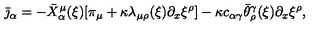
\bar { \jmath } _ { \alpha } = - \bar { X } _ { \alpha } ^ { \mu } ( \xi ) [ \pi _ { \mu } + \kappa \lambda _ { \mu \rho } ( \xi ) \partial _ { x } \xi ^ { \rho } ] - \kappa c _ { \alpha \gamma } \bar { \theta } _ { \rho } ^ { \gamma } ( \xi ) \partial _ { x } \xi ^ { \rho } ,